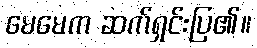
မေမေက ဆက်ရှင်းပြ၏။